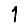
Digit: 1